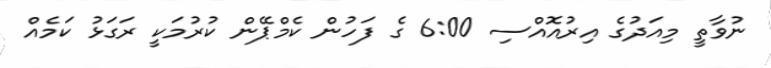
ނުވާތީ މިއަދުގެ އިރުއޮއްސި 6:00 ގެ ފަހުން ކެމްޕޭން ކުރުމަކީ ރަގަޅު ކަމެއް